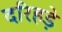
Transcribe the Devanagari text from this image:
दरिहड़े